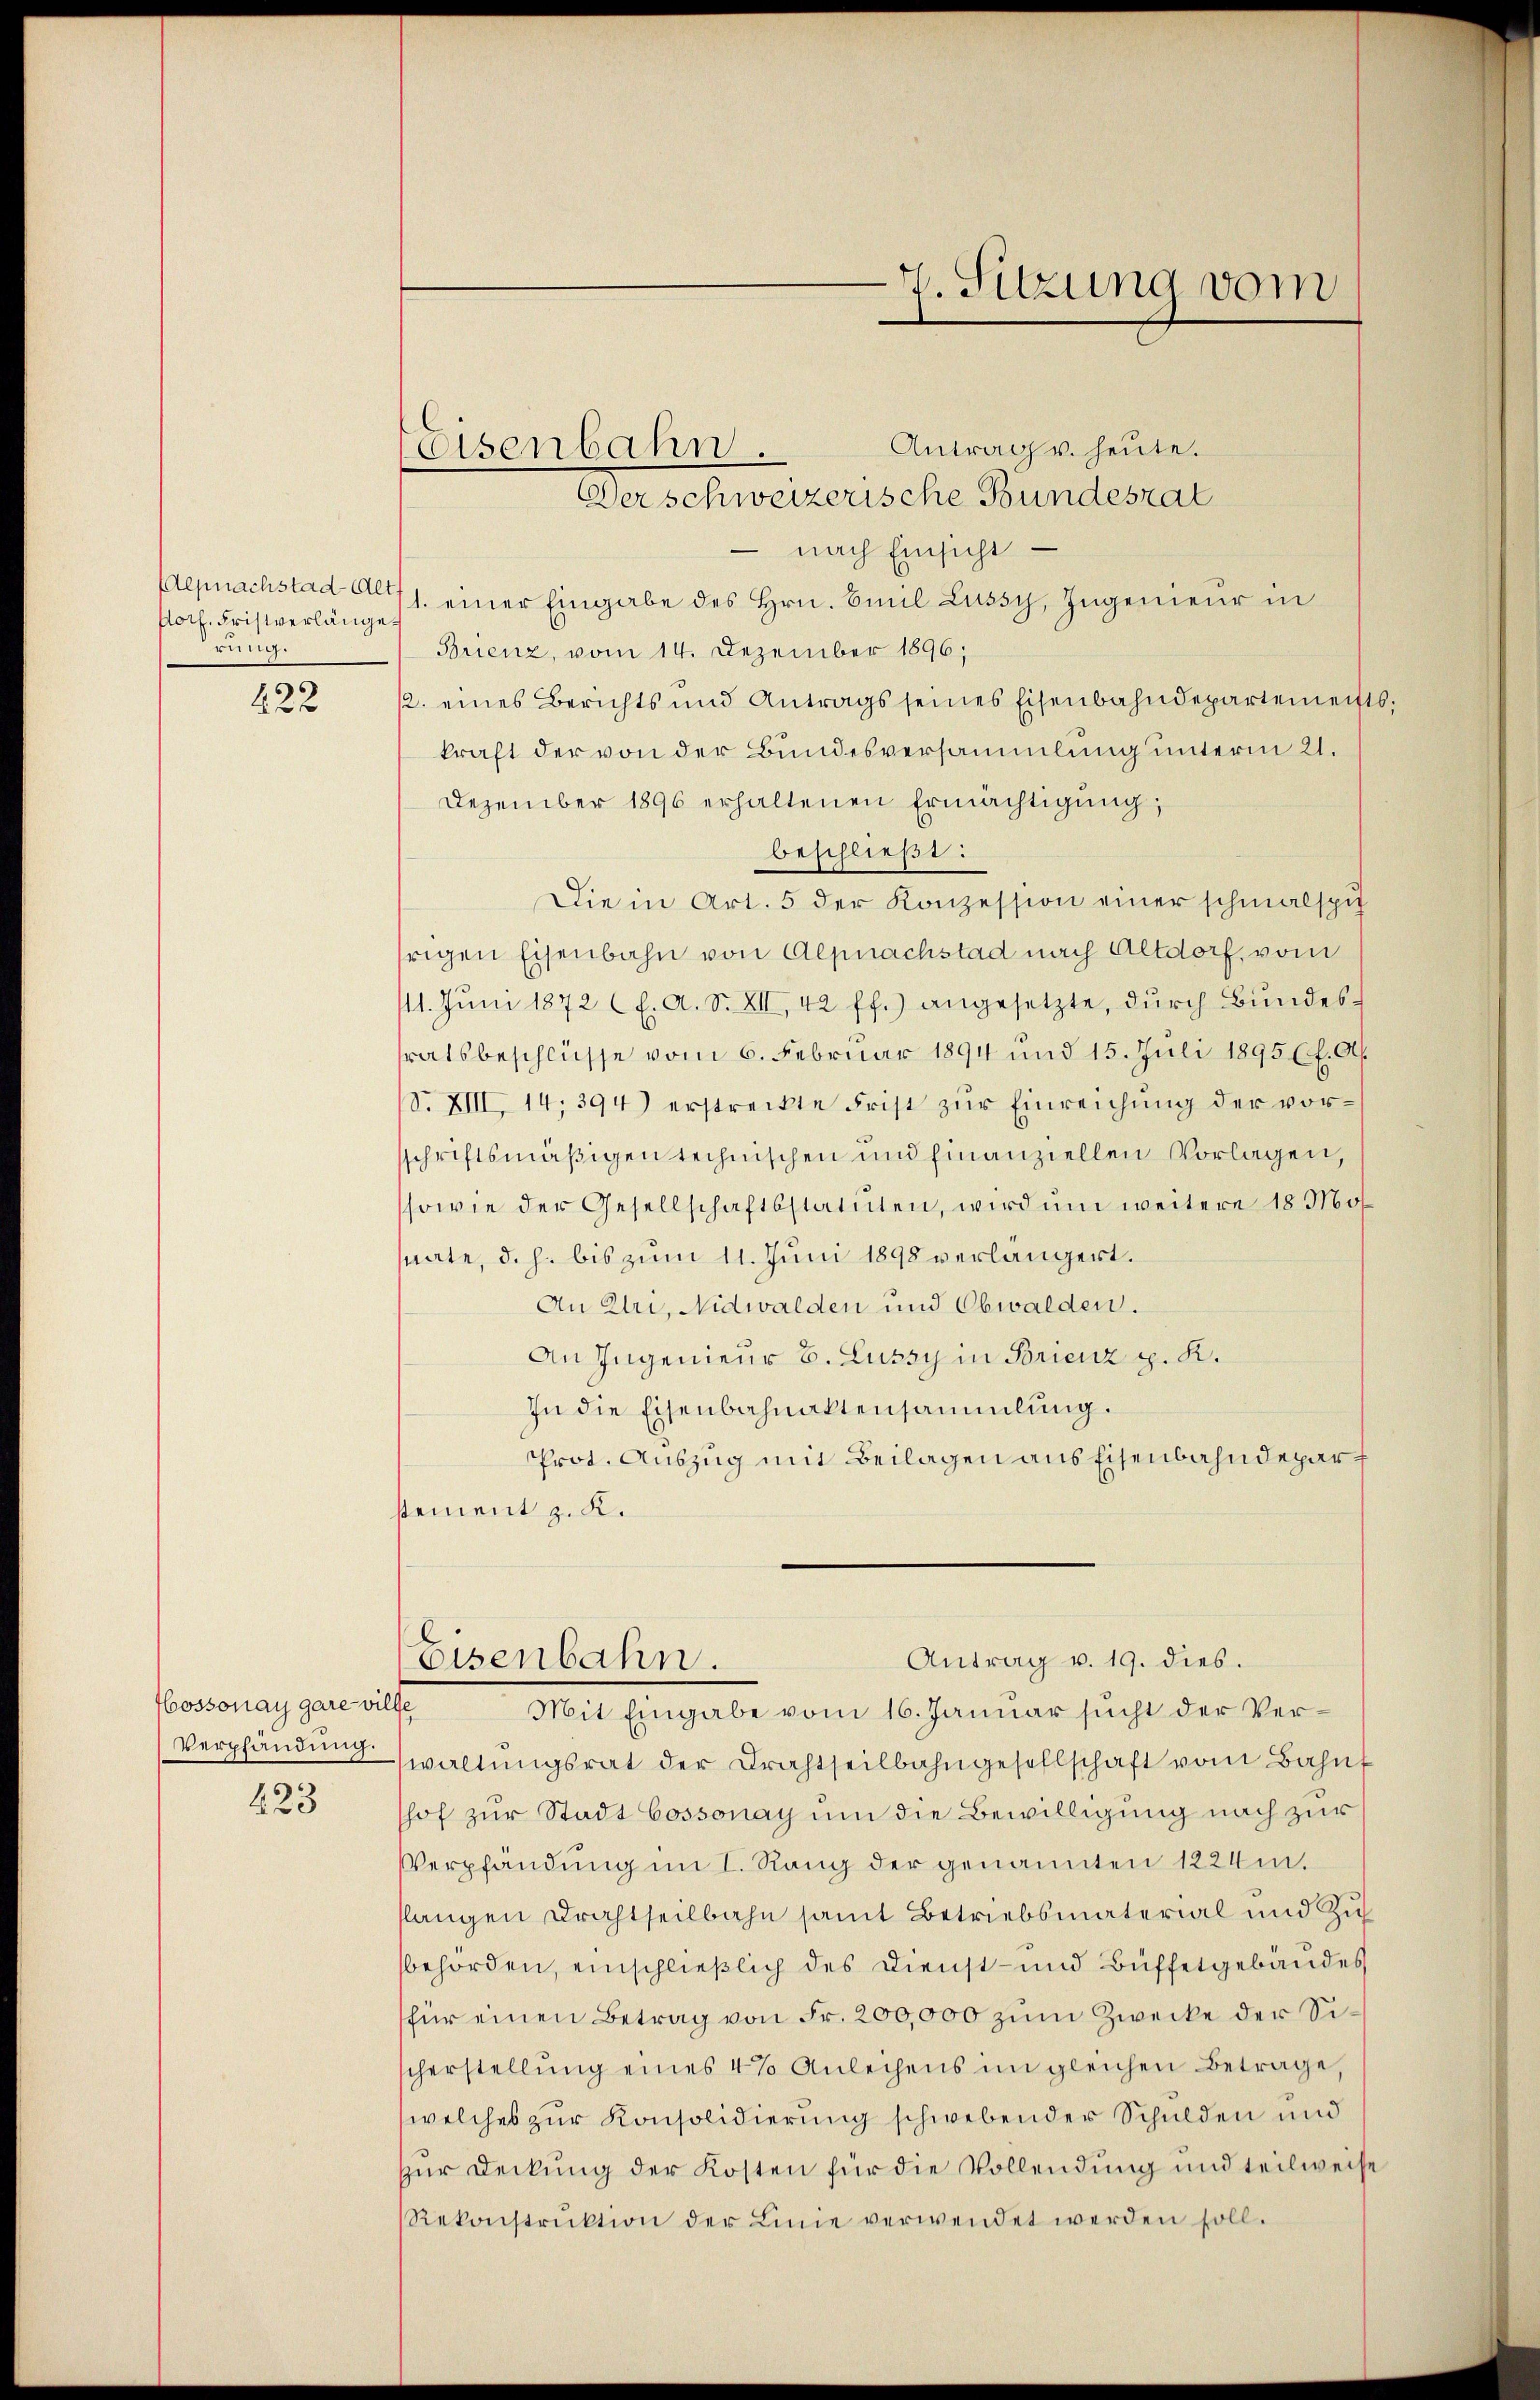
floch. Fristverlänge
rung.
422

Cossonay gare ville
Verpfändung.

423

Antrag u. heute.
nach Einsicht
aepnachstad 1. einer Eingabe des Hrn. Emil Lussy, Ingenieur in
Brienz, vom 14. Dezember 1896;
12. eines Berichts und Antrags seines Eisenbahndepartements
kraft der von der Bundesversammlung unterm 21.
Dezember 1896 erhaltenen Ermächtigung,
beschließt:
Die in Art. 5 der Konzession einer schmalspu
frigen Eisenbahn von Alpnachstad nach Altdorf, vom
11. Jŭni 1872 f. A. S. XII, 42 ff.) angesetzte, dŭrch Bundessratsbeschlüsse vom 6. Februar 1894 und 15. Juli 1895 f. Ab
d. XIII, 14, 394) erstreckte Frist zur Einreichung der vorsschriftsmäßigen technischen und hinanziellen Vorlagen,
sowie der Gesellschaftsstatuten, wird um weitere 18 Mos
snate, d. h. bis zum 11. Juni 1898 verlängert.
An Uri, Nidwalden und Obwalden.
An Ingenieur B. Lussy in Brienz p. K.
In die Eisenbahnaktensammlung.
Prot. Auszug mit Beilagen aus Eisenbahndepart
stement z. K.

Eisenbahn.

waltŭngsrat der Drahtseilbahngesellschaft vom Bahnf
shof zur Stadt Cossonay um die Bewilligung nach zur
Verpfandung im I. Rang der genannten 1224m.
slangen Drahtheilbahn samt Betriebsmaterial und Zubehörden, einschließlich des Dienst- und Büffetgebäudes
(für einen Betrag von Fr. 200,000 zum Zwecke der Sischerstellŭng eines 4% Anleihens im gleichen Betrage,
(welches zur Konsolidierung schwebender Schulden und
zur Deckung der Kosten für die Vollendung und teilweise
Rekonstruktion der Linie verwendet werden soll.

Derschweizerische Bundesrat

7. Sitzung vom

Antrag v. 19. dies.
Eisenbahn.
Mit Eingabe vom 16. Januar sucht der Ver¬